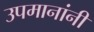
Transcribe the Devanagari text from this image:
उपमानांनी